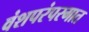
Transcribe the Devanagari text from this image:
वंशपरंपरगात